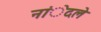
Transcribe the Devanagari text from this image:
नांेदले